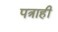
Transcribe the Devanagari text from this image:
पत्राही